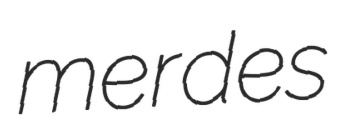
merdes